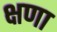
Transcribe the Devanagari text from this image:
क्षणा